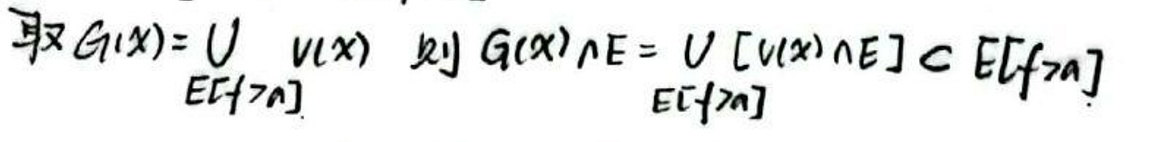
取\(G(x)=\bigcup\limits_{t\in T_n}v(x)\)则\(G(x)\cap E=\bigcup\limits_{t\in T_n}[v(x)\cap E]\subset E\backslash A\)